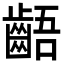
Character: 齬